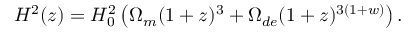
H ^ { 2 } ( z ) = H _ { 0 } ^ { 2 } \left( \Omega _ { m } ( 1 + z ) ^ { 3 } + \Omega _ { d e } ( 1 + z ) ^ { 3 ( 1 + w ) } \right) .